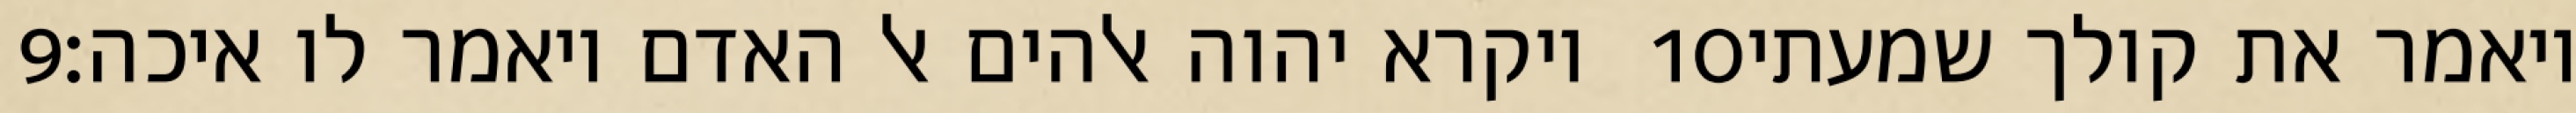
‎9‏ ויקרא יהוה אלהים אל האדם ויאמר לו איכה׃ ‎10‏ ויאמר את קולך שמעתי